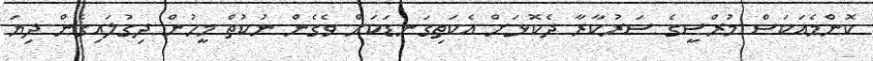
ކޮންމެއަކަސް މުރްސީގެ ސަރުކާރާ ދެކޮޅަށް އެކަތިގަނޑަކަށް ވެގެން ނުކުތް މީހުން ދިގުލައިގެން ދިޔަ